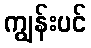
ကျွန်းပင်